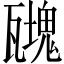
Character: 𤮟